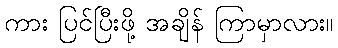
ကား ပြင်ပြီးဖို့ အချိန် ကြာမှာလား။